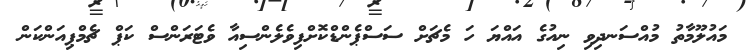
މައުލޫމާތު މުއްސަނދިވި ނިއުގެ އައްޔަ ހަ މެޗަށް ސަސްޕެންޑްކޮށްފިވެލެންސިއާ ވެޓަރަންސް ކަޕް ޗެމްޕިއަންކަން